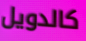
كالدويل